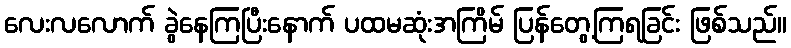
လေးလလောက် ခွဲနေကြပြီးနောက် ပထမဆုံးအကြိမ် ပြန်တွေ့ကြရခြင်း ဖြစ်သည်။